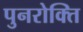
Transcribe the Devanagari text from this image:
पुनरोक्ति